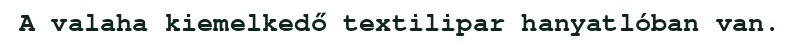
A valaha kiemelkedő textilipar hanyatlóban van.